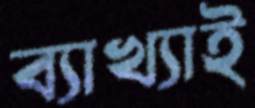
ব্যাখ্যাই